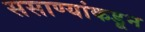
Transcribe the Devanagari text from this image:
ससाण्यांकडून